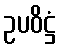
ဥပဝိဋ္ဌံ